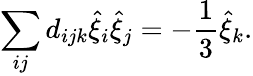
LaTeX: \sum_{ij}d_{ijk}\hat{\xi}_{i}\hat{\xi}_{j}=-\frac{1}{3}\hat{\xi}_{k}.